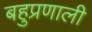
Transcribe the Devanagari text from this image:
बहुप्रणाली